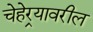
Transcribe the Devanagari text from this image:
चेहेर्‍यावरील